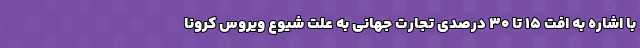
با اشاره به افت ۱۵ تا ۳۰ درصدی تجارت جهانی به علت شیوع ویروس کرونا